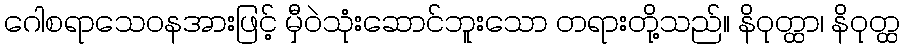
ဂေါစရာသေဝနအားဖြင့် မှီဝဲသုံးဆောင်ဘူးသော တရားတို့သည်။ နိဝုတ္ထာ၊ နိဝုတ္ထ